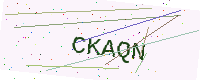
Text: CKAQN